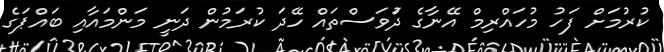
ކުރުމަށް ފަހު މުހައްރިމް އޭނާގެ ދުަވަސްތައް ހޭދަ ކުރަމުން ދަނީ މަންމައާއި ބައްޕަގެ